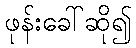
ဖုန်းခေါ်ဆို၍